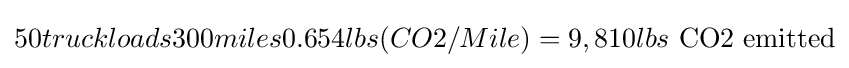
50truckloads300miles0.654lbs(CO2/Mile)=9,810lbs{\text{ CO2 emitted}}